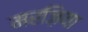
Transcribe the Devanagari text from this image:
मरज़िया